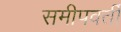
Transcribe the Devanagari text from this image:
समीपवर्तीं